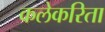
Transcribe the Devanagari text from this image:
कलेकरिता